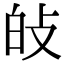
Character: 𤽐